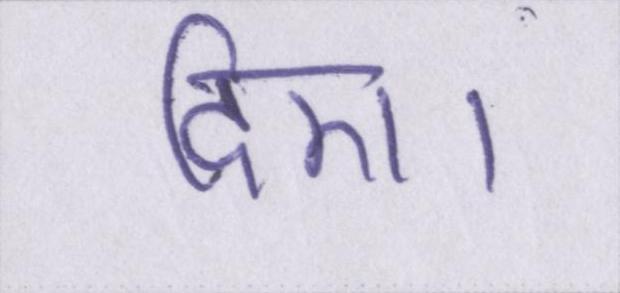
दिए।